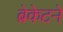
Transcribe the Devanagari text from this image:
ब्रेकेटने